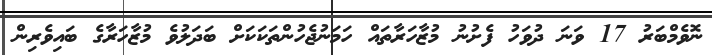
ނޮވެމްބަރު 17 ވަނަ ދުވަހު ފެށުނު މުޒާހަރާތައް ހަމަނުޖެހުންތަކަކަށް ބަދަލުވެ މުޒާހަރާގެ ބައިވެރިން